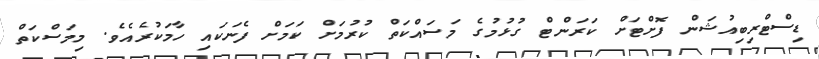
ޑިސްޓްރިބިއުޝަން ފޮށްޓަށް ކަރަންޓް ގުޅުމުގެ މަސައްކަތް ކުރުމަށް ކަމަށް ފެނަކައި ހާމަކުރެއެވެ. މިމަަސްކަތް